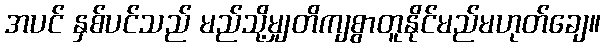
အပင် နှစ်ပင်သည် မည်သို့မျှတိကျစွာတူနိုင်မည်မဟုတ်ချေ။